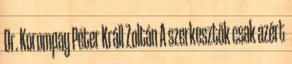
Dr. Korompay Péter Králl Zoltán A szerkesztők csak azért